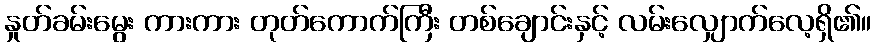
နှုတ်ခမ်းမွေး ကားကား တုတ်ကောက်ကြီး တစ်ချောင်းနှင့် လမ်းလျှောက်လေ့ရှိ၏။